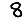
Digit: 8